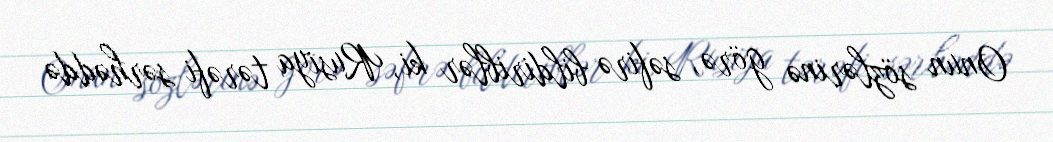
Onun sözlərinə görə, səfirə bildiriblər ki, Rusiya tərəfi sərhəddə